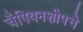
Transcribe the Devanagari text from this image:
चँपियनशीपचे